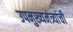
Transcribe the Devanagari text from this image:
उपमुख्यमंत्र्यांची